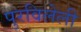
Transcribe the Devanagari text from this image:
पुरविलेली